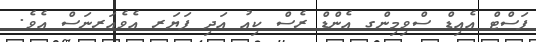
ފަސްޓް އެއިޑް ސްވިމިންގ އެންޑް ރެސް ކިއު އަދި ފަޔަރ އެވެއަރނަސް އެވެ.